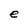
Character: e